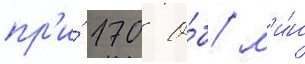
пр'и́ 170 о́б/ м'и́н